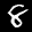
Label: 8